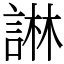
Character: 諃